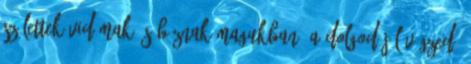
születtek vidámak és bíznak magukban. A dolgod jól végzed,